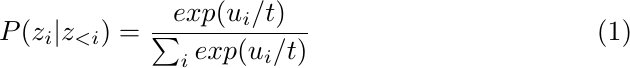
\begin{align}
P(z_i|z_{<i}) =  \frac{exp(u_i / t)}{\sum_{i} exp(u_i / t)}
\end{align}